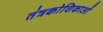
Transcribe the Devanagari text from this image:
तंत्रकोशिकाओं